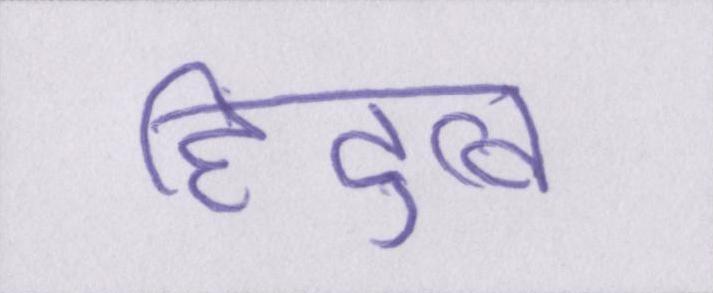
हिंदुत्व